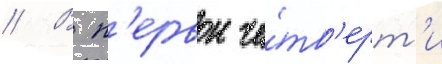
// В п'ервои че́тв'ерт'и